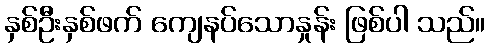
နှစ်ဦးနှစ်ဖက် ကျေနပ်သောနှုန်း ဖြစ်ပါ သည်။